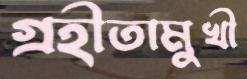
গ্রহীতামুখী